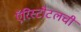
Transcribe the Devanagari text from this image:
ऍरिस्टोटलची